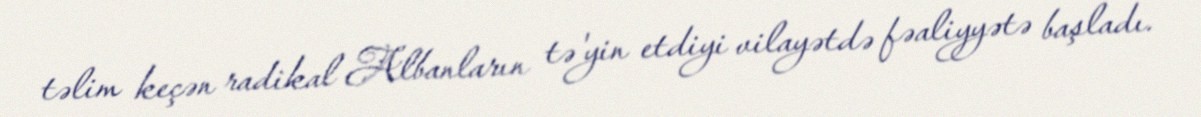
təlim keçən radikal Albanların tə'yin etdiyi vilayətdə fəaliyyətə başladı.